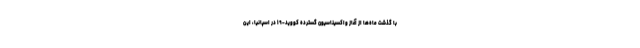
با گذشت ماه‌ها از آغاز واکسیناسیون گسترده کووید-۱۹ در اسپانیا، این